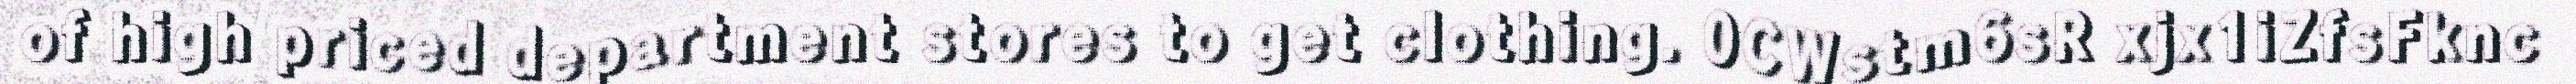
of high priced department stores to get clothing. 0CWstm6sR xjx1iZfsFknc